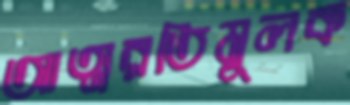
আত্মরতিমূলক